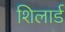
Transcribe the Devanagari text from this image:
शिलार्ड